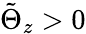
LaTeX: \tilde{\Theta}_{z}>0